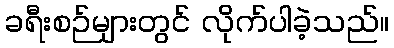
ခရီးစဉ်များတွင် လိုက်ပါခဲ့သည်။